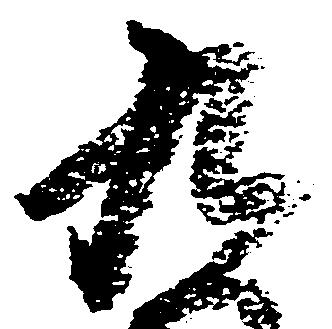
九